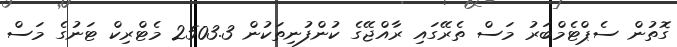
ގޮތުން ސެޕްޓެމްބަރު މަސް ތެރޭގައި ރާއްޖޭގެ ކުންފުނިތަކުން 2503.3 މެޓްރިކް ޓަނުގެ މަސް